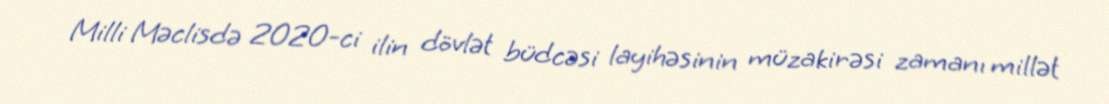
Milli Məclisdə 2020-ci ilin dövlət büdcəsi layihəsinin müzakirəsi zamanı millət